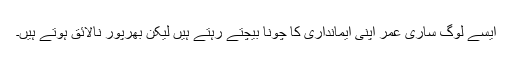
ایسے لوگ ساری عمر اپنی ایمانداری کا چونا بیچتے رہتے ہیں لیکن بھرپور نالائق ہوتے ہیں۔